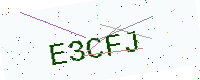
Text: E3CFJ